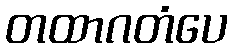
တထာဂတံပေ